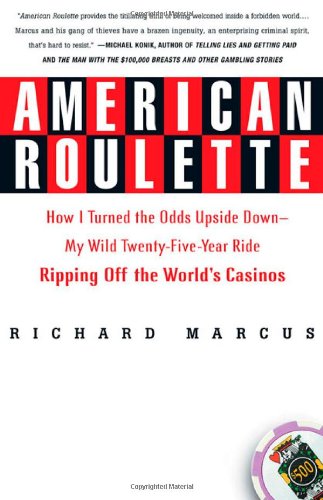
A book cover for American Roulette: How I Turned the Odds Upside Down---My Wild Twenty-Five-Year Ride Ripping Off the World's Casinos (Thomas Dunne Books); Richard Marcus; Biographies & Memoirs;